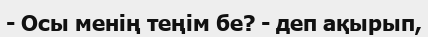
- Осы менің теңім бе? - деп ақырып,